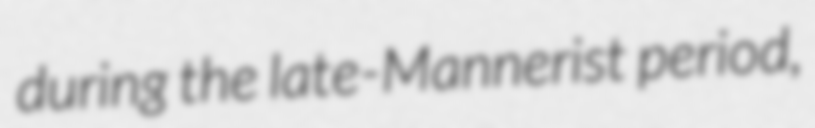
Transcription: during the late-Mannerist period,